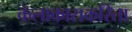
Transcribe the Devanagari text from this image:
कलाकाराकरिता